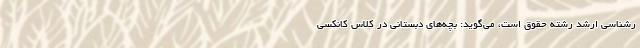
رشناسی ارشد رشته حقوق است، می‌گوید: بچه‌های دبستانی در کلاس کانکسی